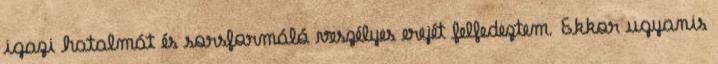
igazi hatalmát és sorsformáló veszélyes erejét felfedeztem. Ekkor ugyanis